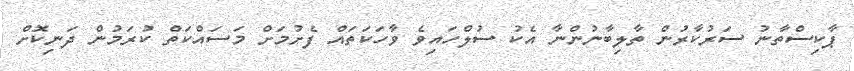
ޕާކިސްތާނު ސަރުކާރުން ތާލިބާނުންނާ އެކު ސުލްހައިވެ ވާހަކަތައް ފެށުމަށް މަސައްކަތް ކުރަމުން ދަނިކޮށް